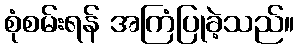
စုံစမ်းရန် အကြံပြုခဲ့သည်။